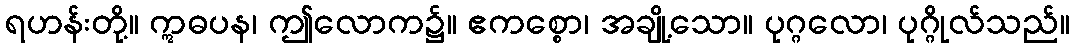
ရဟန်းတို့။ ဣဓပန၊ ဤလောက၌။ ဧကစ္စော၊ အချို့သော။ ပုဂ္ဂလော၊ ပုဂ္ဂိုလ်သည်။